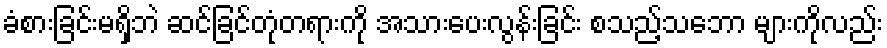
ခံစားခြင်းမရှိဘဲ ဆင်ခြင်တုံတရားကို အသားပေးလွန်းခြင်း စသည့်သဘော များကိုလည်း